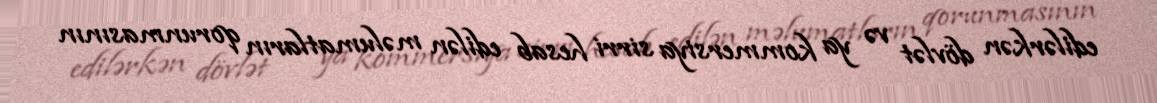
edilərkən dövlət və ya kommersiya sirri hesab edilən məlumatların qorunmasının